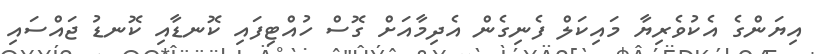
އިޔަންގެ އެކުވެރިޔާ މައިކަލް ފެނިގެން އެދިމާއަށް ގޮސް ހުއްޓިފައި ކޮނޑާއި ކޮނޑު ޖައްސައި